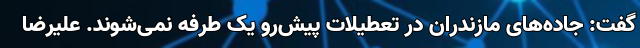
گفت: جاده‌های مازندران در تعطیلات پیش‌رو یک طرفه نمی‌شوند. علیرضا